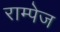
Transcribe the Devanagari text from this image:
राम्पेज